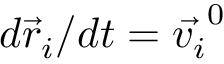
d \vec { r } _ { i } / d t = \vec { v _ { i } } ^ { 0 }